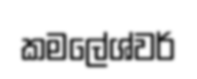
කමලේශ්වර්